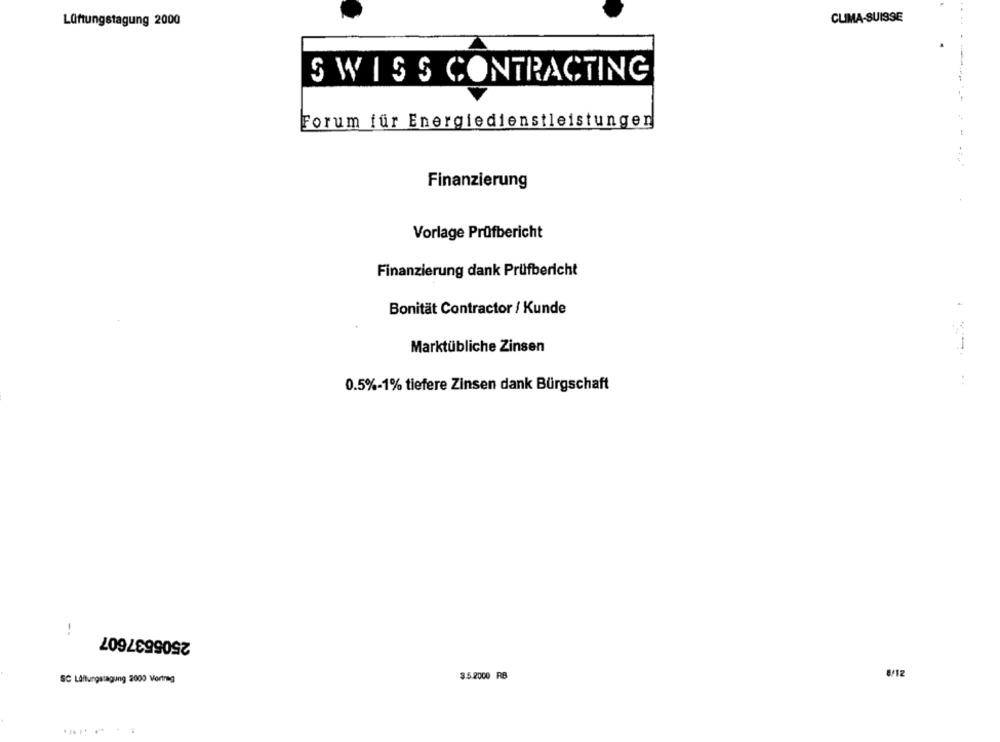
Lüftungstagung 2000
CLIMA-SUISSE
SWISS CONTRACTING
Forum für Energiedienstleistungen
----------
Finanzierung
Vorlage Prüfbericht
Finanzierung dank Prüfbericht
Bonität Contractor / Kunde
Marktübliche Zinsen
0.5%-1% tiefere Zinsen dank Bürgschaft
2505537607
-.
3.5.2000 RB
SC Lüftungstagung 2000 Vertrag